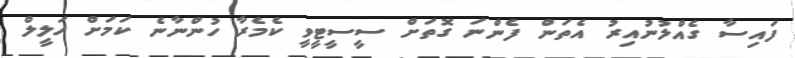
ފައިސާ ގެއްލުނުއިރު އެތަން ފެންނަ ގޮތަށް ސީސީޓީވީ ކެމެރާ ހުންނާނެ ކަމަށް ހަލީލް